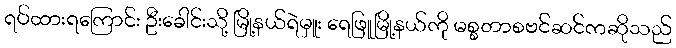
ရပ်ထားရကြောင်း ဦးခေါင်းသို့ မြို့နယ်ရဲမှူး ရေဖြူမြို့နယ်ကို မစ္စတာစဗင်ဆင်ကဆိုသည်